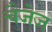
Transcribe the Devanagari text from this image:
चैजेज